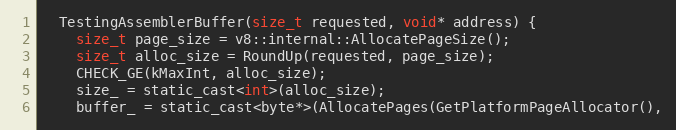
Language: C
  TestingAssemblerBuffer(size_t requested, void* address) {
    size_t page_size = v8::internal::AllocatePageSize();
    size_t alloc_size = RoundUp(requested, page_size);
    CHECK_GE(kMaxInt, alloc_size);
    size_ = static_cast<int>(alloc_size);
    buffer_ = static_cast<byte*>(AllocatePages(GetPlatformPageAllocator(),